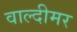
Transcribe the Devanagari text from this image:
वाल्दीमर